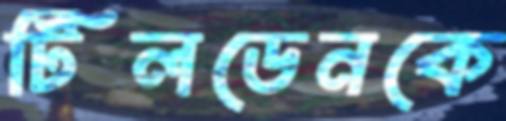
টিলডেনকে